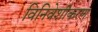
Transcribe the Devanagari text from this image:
विनिवेशीकरण